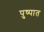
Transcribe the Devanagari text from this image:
पुष्पात